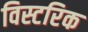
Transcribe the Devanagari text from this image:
विस्टरिक